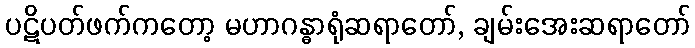
ပဋိပတ်ဖက်ကတော့ မဟာဂန္ဓာရုံဆရာတော်, ချမ်းအေးဆရာတော်